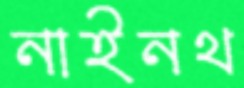
নাইনথ